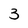
Character: 3